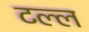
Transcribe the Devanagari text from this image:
टल्ल